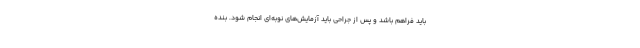
باید فراهم باشد و پس از جراحی باید آزمایش‌های نوبه‌ای انجام شود. بنده